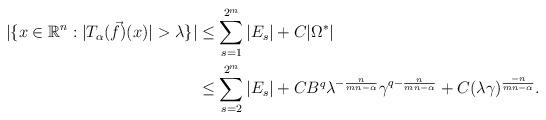
LaTeX: \begin{align*} |\{x\in \mathbb{R}^{n}: |T_{\alpha}(\vec{f})(x)|> \lambda\}| &\le \sum_{s=1}^{2^{m}} |E_{s} | + C |\Omega^{*} | \\ &\le \sum_{s=2}^{2^{m}} |E_{s} | + C B^{q} \lambda^{-\frac{n}{mn-\alpha}} \gamma^{q-\frac{n}{mn-\alpha}} +C (\lambda\gamma)^{\frac{-n}{mn-\alpha}}.\end{align*}